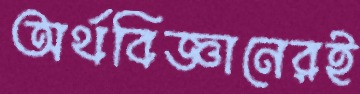
অর্থবিজ্ঞানেরই